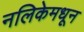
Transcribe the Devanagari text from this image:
नलिकेमधून